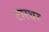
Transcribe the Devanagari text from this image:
टारथर